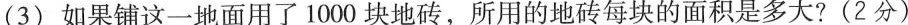
(3) 如果铺这一地面用了1000块地砖，所用的地砖每块的面积是多大? (2分)